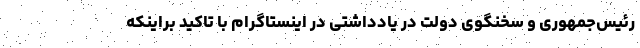
رئیس‌جمهوری و سخنگوی دولت در یادداشتی در اینستاگرام با تاکید براینکه